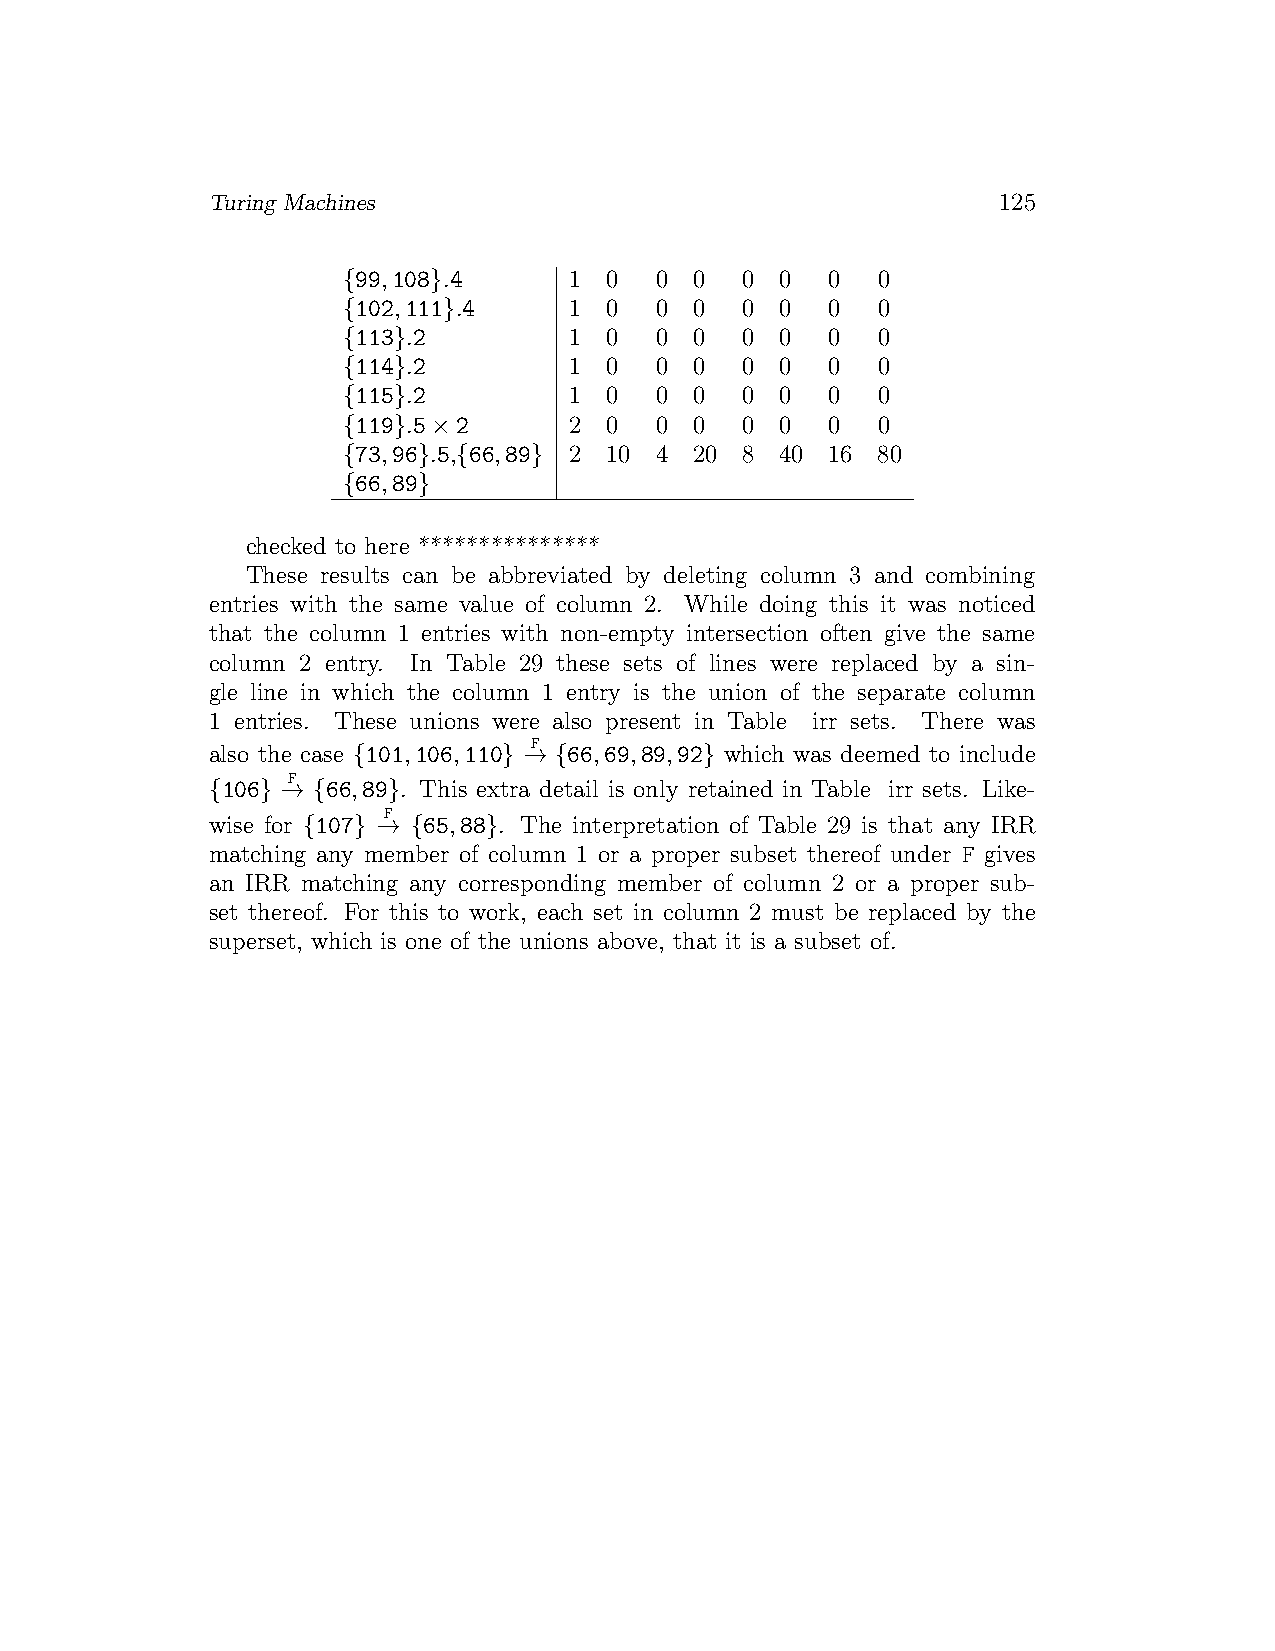
Turing Machines                                     125
 {99,108}.4     1 0  0  0  0  0  0  0
 {102,111}.4    1 0  0  0  0  0  0  0
 {113}.2        1 0  0  0  0  0  0  0
 {114}.2        1 0  0  0  0  0  0  0
 {115}.2        1 0  0  0  0  0  0  0
 {119}.5×2      2 0  0  0  0  0  0  0
 {73,96}.5,{66,89} 2 10 4 20 8 40 16 80
 {66,89}
 checked to here ***************
 These results can be abbreviated by deleting column 3 and combining
 entries with the same value of column 2. While doing this it was noticed
 that the column 1 entries with non-empty intersection often give the same
 column 2 entry. In Table 29 these sets of lines were replaced by a sin-
 gle line in which the column 1 entry is the union of the separate column
 1 entries. These unions were also present in Table irr sets. There was
 F
 also the case {101,106,110} → {66,69,89,92} which was deemed to include
 F
 {106} → {66,89}. This extra detail is only retained in Table irr sets. Like-
 F
 wise for {107} → {65,88}. The interpretation of Table 29 is that any IRR
 matching any member of column 1 or a proper subset thereof under F gives
 an IRR matching any corresponding member of column 2 or a proper sub-
 set thereof. For this to work, each set in column 2 must be replaced by the
 superset, which is one of the unions above, that it is a subset of.